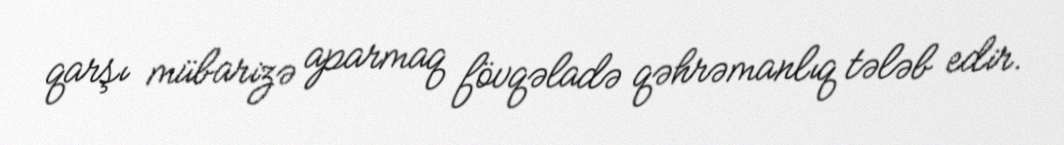
qarşı mübarizə aparmaq fövqəladə qəhrəmanlıq tələb edir.